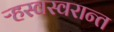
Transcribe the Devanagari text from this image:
ऱ्हस्वस्वरान्त